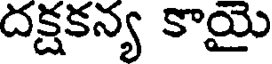
దక్షకన్య కాయై